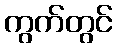
ကွက်တွင်